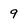
Character: 9